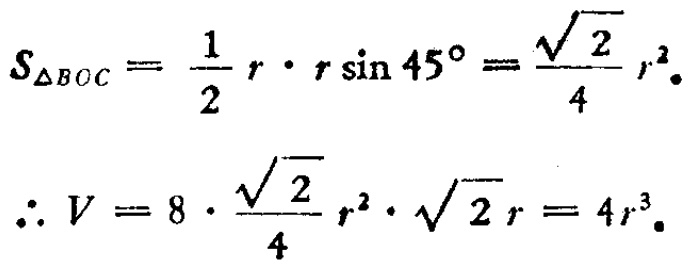
\[
S_{\triangle BOC}=\frac{1}{2}r\cdot r\sin45^{\circ}=\frac{\sqrt{2}}{4}r^{2}.
\]
\[
\therefore V = 8\cdot\frac{\sqrt{2}}{4}r^{2}\cdot\sqrt{2}r=4r^{3}.
\]